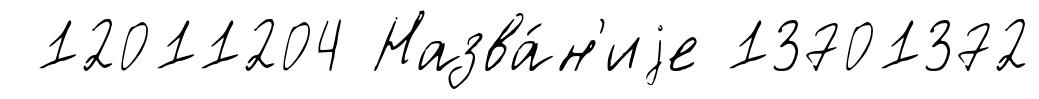
12011204 Назва́н'иjе 13701372